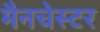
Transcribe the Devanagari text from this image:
मैनचेस्‍टर